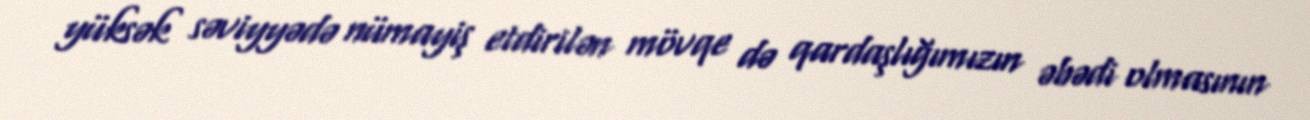
yüksək səviyyədə nümayiş etdirilən mövqe də qardaşlığımızın əbədi olmasının